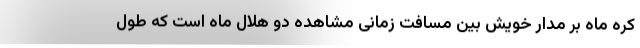
کره ماه بر مدار خویش بین مسافت زمانی مشاهده دو هلال ماه است که طول